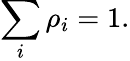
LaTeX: \sum_{i}\rho_{i}=1.